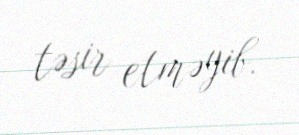
təsir etməyib.